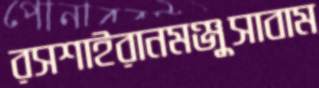
রসশাইরানমঞ্জুসাবাম